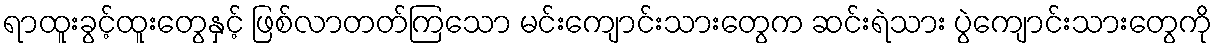
ရာထူးခွင့်ထူးတွေနှင့် ဖြစ်လာတတ်ကြသော မင်းကျောင်းသားတွေက ဆင်းရဲသား ပွဲကျောင်းသားတွေကို